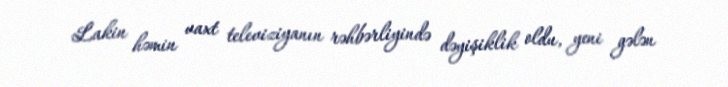
Lakin həmin vaxt televiziyanın rəhbərliyində dəyişiklik oldu, yeni gələn